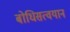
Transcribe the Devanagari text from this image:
बोधिसत्वयान